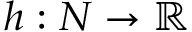
h : N \to \mathbb { R }